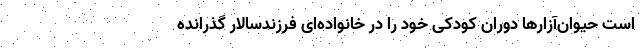
است حیوان‌آزارها دوران کودکی خود را در خانواده‌ای فرزندسالار گذرانده